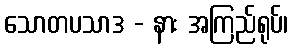
သောတပသာဒ - နား အကြည်ရုပ်၊